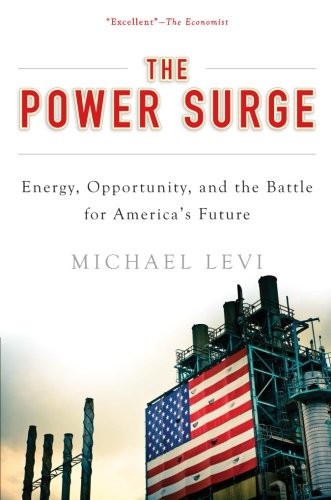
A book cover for The Power Surge: Energy, Opportunity, and the Battle for America's Future; Michael Levi; Business & Money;